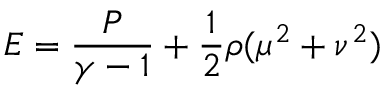
E = \frac { P } { \gamma - 1 } + \frac { 1 } { 2 } \rho ( \mu ^ { 2 } + \nu ^ { 2 } )